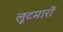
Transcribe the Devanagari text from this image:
लूटमारों